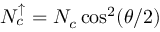
\ensuremath { N _ { c } ^ { \uparrow } } = \ensuremath { N _ { c } } \cos ^ { 2 } ( \theta / 2 )